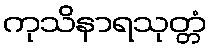
ကုသိနာရသုတ္တံ